Report on the bubonic plague in Bombay, 1896-1897
Year: 1896
Disease focus: Plague
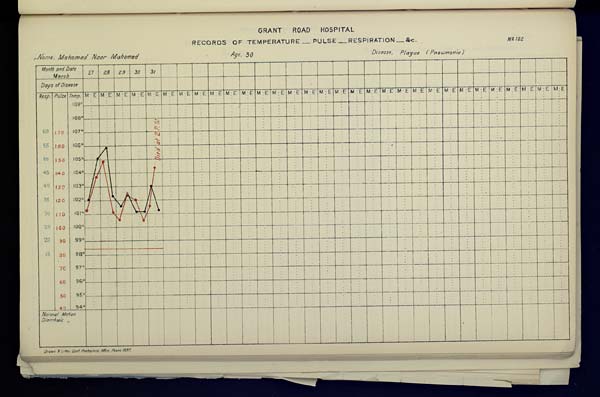
GRANT
ROAD
HOSPITAL
RECORDS OF TEMPERATURE __ PULSE __ RESPIRATION __ &c. No. 102
Name,
Mahomed
Noor
Mahomed
Age,
30
Disease,
Plague
(Pneumonia)
Drawn & Litho: Govt. Photozinco: Office, Poona 1897.